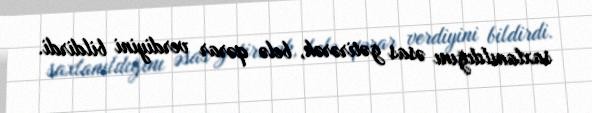
saxlanıldığını əsas gətirərək, belə qərar verdiyini bildirdi.